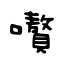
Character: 嚽